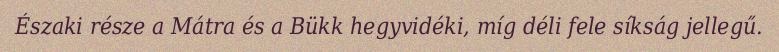
Északi része a Mátra és a Bükk hegyvidéki, míg déli fele síkság jellegű.